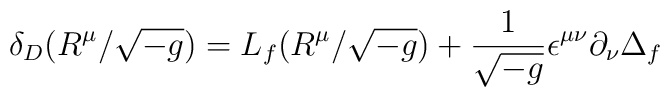
\delta_D (R^\mu / \sqrt{-g})           = L_f  (R^\mu / \sqrt{-g})           + \frac{1}{\sqrt{-g}} \epsilon^{\mu \nu} \partial_\nu \Delta_{f}